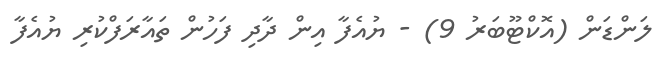
ލަންޑަން (އޮކްޓޫބަރު 9) - ޔުއެފާ އިން ދާދި ފަހުން ތައާރަފްކުރި ޔުއެފާ